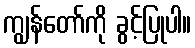
ကျွန်တော်ကို ခွင့်ပြုပါ။